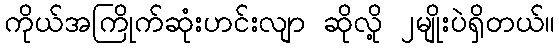
ကိုယ်အကြိုက်ဆုံးဟင်းလျာ ဆိုလို့ ၂မျိုးပဲရှိတယ်။